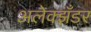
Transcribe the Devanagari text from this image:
अलेक्झँडर